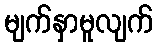
မျက်နှာမူလျက်